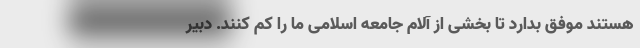
هستند موفق بدارد تا بخشی از آلام جامعه اسلامی ما را کم کنند. دبیر